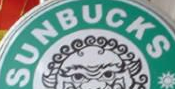
SUNBUCKS